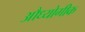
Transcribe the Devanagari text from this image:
औध्योगीक